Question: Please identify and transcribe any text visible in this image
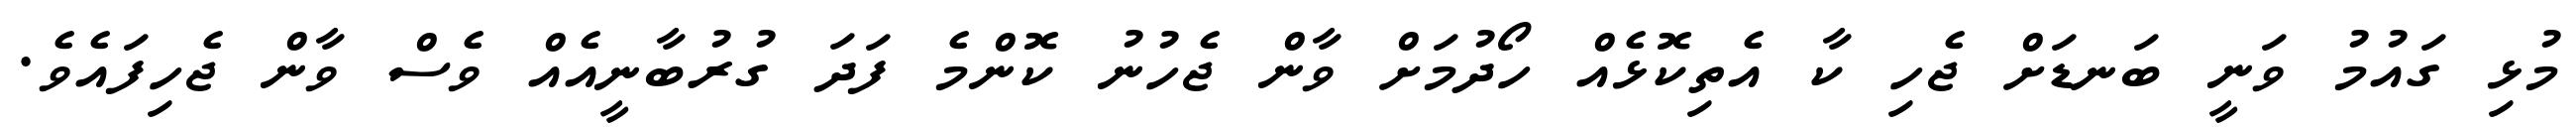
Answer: މުޅި ގައުމު ވަނީ ބަނޑަށް ޖެހި ކާ އެތިކޮޅެއް ހޯދުމަށް ވާން ޖެހުނު ކޮންމެ ފަދަ ގުރުބާނީއެއް ވެސް ވާން ޖެހިފައެވެ.